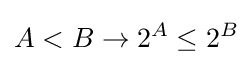
A<B\to 2^{A}\leq 2^{B}